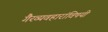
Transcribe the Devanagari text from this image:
गैरव्यवहारांविषयी